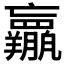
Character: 𱻕